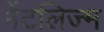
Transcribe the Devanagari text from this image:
मेंटलिज्म